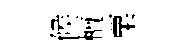
候檀粟